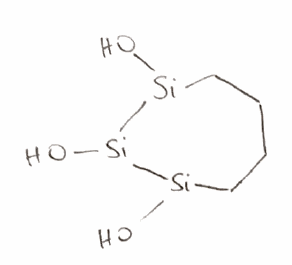
Simplified molecular-input line-entry system (SMILES) notation of the given molecule:
C1CC[Si]([Si]([Si](C1)O)O)O